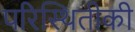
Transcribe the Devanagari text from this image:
परिस्थितीकी